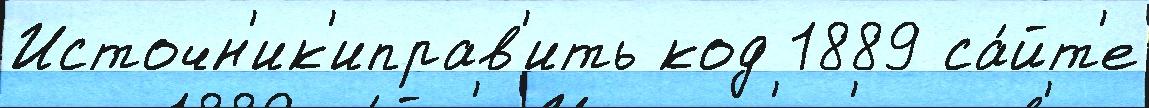
Источн'ик'иправ'ить код 1889 са́йт'е